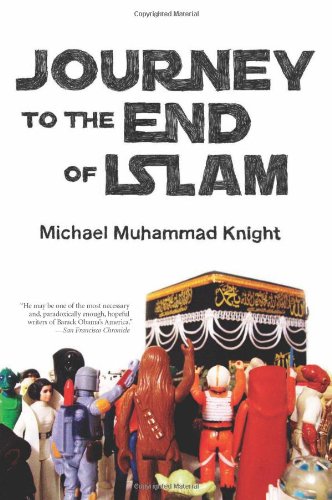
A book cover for Journey to the End of Islam; Michael  Muhammad Knight; Religion & Spirituality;